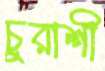
চুরাশী